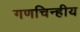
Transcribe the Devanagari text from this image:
गणचिन्हीय